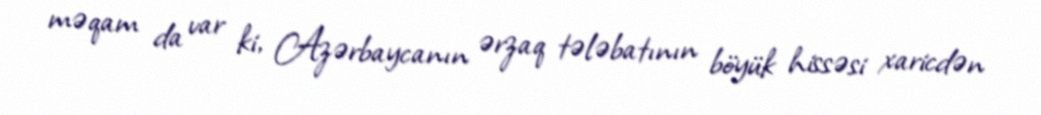
məqam da var ki, Azərbaycanın ərzaq tələbatının böyük hissəsi xaricdən